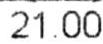
21.00